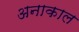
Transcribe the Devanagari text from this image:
अनाकाल